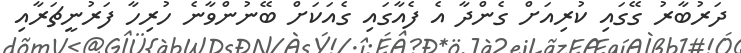
ދަރުބާރު ގޭގައި ކުރިއަށް ގެންދާ އެ ފެއާގައި ގެއަކަށް ބޭނުންވާނެ ހުރިހާ ފަރުނީޗަރާއި